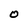
Character: O